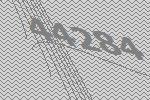
44284